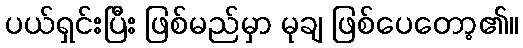
ပယ်ရှင်းပြီး ဖြစ်မည်မှာ မုချ ဖြစ်ပေတော့၏။